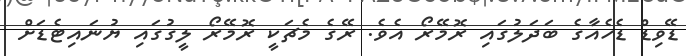
ޑޭވިޑް ޑެހެއާގެ ބަދަލުގައި ރޮމޭރޯ އެވެ. ރޭގެ މެޗަކީ ރޮމޭރޯ ލީގުގައި ޔުނައިޓެޑަށް